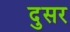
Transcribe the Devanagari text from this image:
दुसर